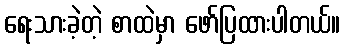
ရေးသားခဲ့တဲ့ စာထဲမှာ ဖော်ပြထားပါတယ်။